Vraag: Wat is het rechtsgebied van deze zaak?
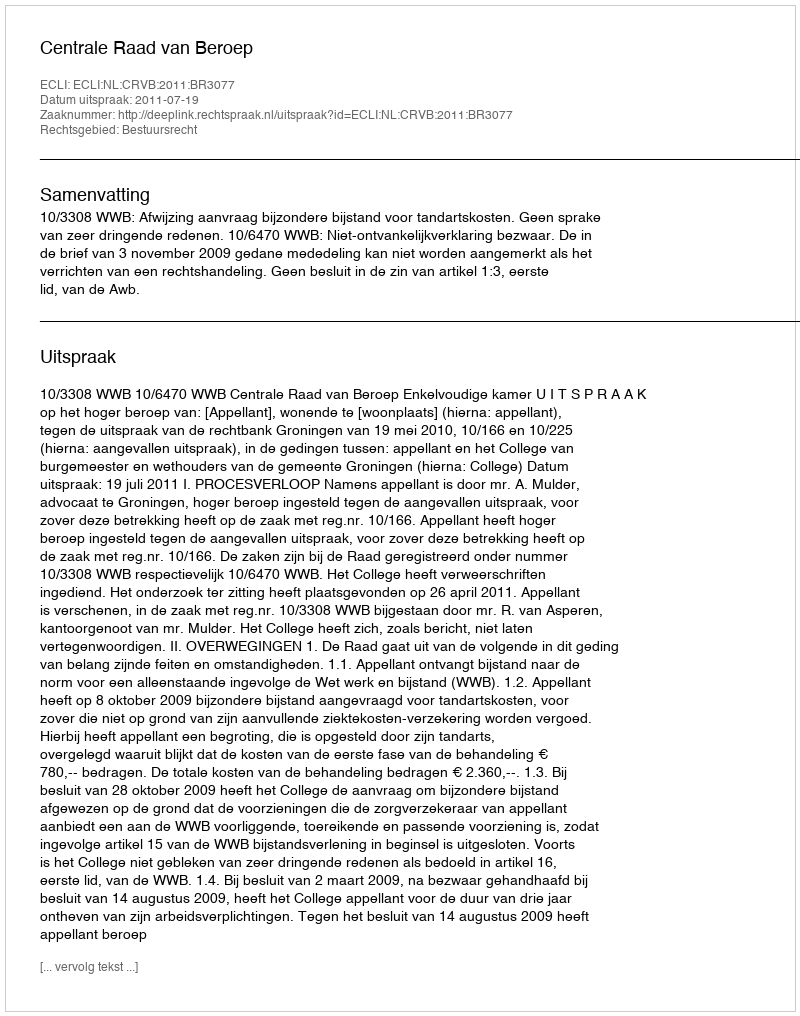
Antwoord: Bestuursrecht